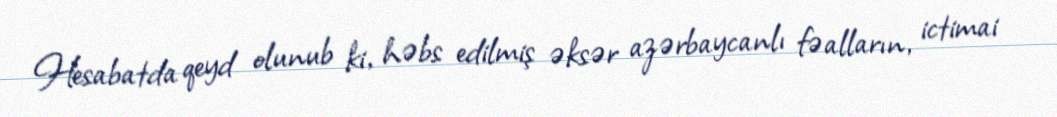
Hesabatda qeyd olunub ki, həbs edilmiş əksər azərbaycanlı fəalların, ictimai